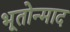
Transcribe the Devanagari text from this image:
भूतोन्माद